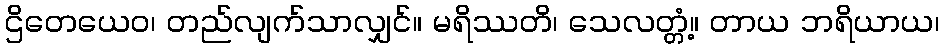
ဌိတေယေဝ၊ တည်လျက်သာလျှင်။ မရိဿတိ၊ သေလတ္တံ့။ တာယ ဘရိယာယ၊